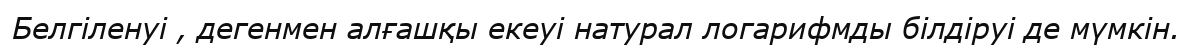
Белгіленуі , дегенмен алғашқы екеуі натурал логарифмды білдіруі де мүмкін.